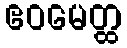
ဧဝမေတ္ထ